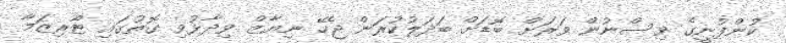
ކުންފުނީގެ ވިސްނުން ވަރަށް ބޮޑަށް ބަދަލުކުރަން ޖެހޭ ނިޔާޒް ވިދާޅުވި ގޮތުގައި ޓޫރިޒަމާ